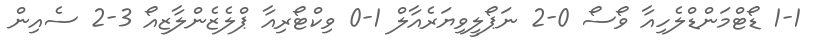
1-1 ޑޯޓްމަންޑްލެހިއާ ވޯސޯ 0-2 ނަޕޯލީވިޔަރެއާލް 1-0 ވިކްޓޯރިއާ ޕްލެޒެންލާޒިއޯ 3-2 ސެއިން